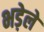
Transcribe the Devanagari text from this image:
भड़ेले